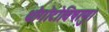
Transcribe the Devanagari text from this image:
थोगोटोविषाणु।